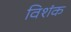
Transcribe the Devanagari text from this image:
विशंक